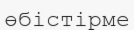
өбістірме